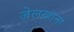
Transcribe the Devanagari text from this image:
जेलखाना